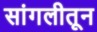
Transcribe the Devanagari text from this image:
सांगलीतून